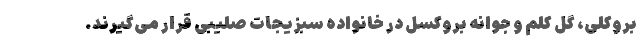
بروکلی، گل کلم و جوانه بروکسل در خانواده سبزیجات صلیبی قرار می‌گیرند.